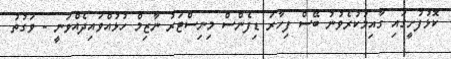
ކޮޅުފުށީގައި ގާއިމުކުރެވުނު ބޭސް ފިހާރަ ޑިފެންސް މިނިސްޓަރު ނާޒިމް ހުޅުއްވައިދެއްވަނީ - ވަގުތު